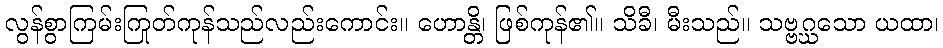
လွန်စွာကြမ်းကြုတ်ကုန်သည်လည်းကောင်း။ ဟောန္တိ၊ ဖြစ်ကုန်၏။ သိခီ၊ မီးသည်။ သဗ္ဗဂ္ဃသော ယထာ၊